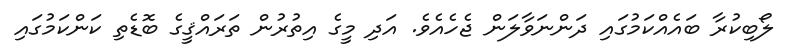
ލޯބިކުރާ ބައެއްކަމުގައި ދަންނަވާލަން ޖެހެއެވެ. އަދި މީގެ އިތުރުން ތަރައްޤީގެ ބޮޑެތި ކަންކަމުގައި